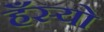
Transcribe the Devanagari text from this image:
हँस्‍यो